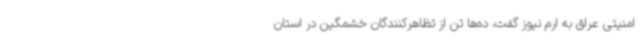
امنیتی عراق به ارم نیوز گفت، ده‌ها تن از تظاهرکنندگان خشمگین در استان